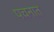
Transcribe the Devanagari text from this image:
पचनात